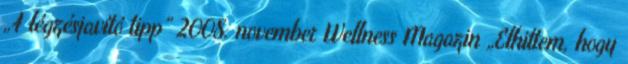
„4 légzésjavító tipp” 2008. november Wellness Magazin „Elhittem, hogy